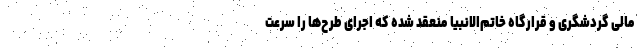
مالی گردشگری و قرارگاه خاتم‌الانبیا منعقد شده که اجرای طرح‌ها را سرعت